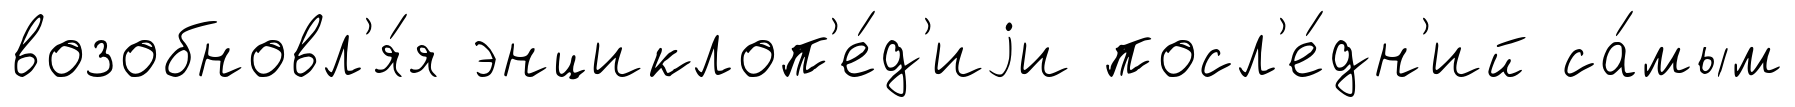
возобновл'я́я энциклоп'е́д'иjи посл'е́дн'ий са́мым